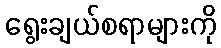
ရွေးချယ်စရာများကို